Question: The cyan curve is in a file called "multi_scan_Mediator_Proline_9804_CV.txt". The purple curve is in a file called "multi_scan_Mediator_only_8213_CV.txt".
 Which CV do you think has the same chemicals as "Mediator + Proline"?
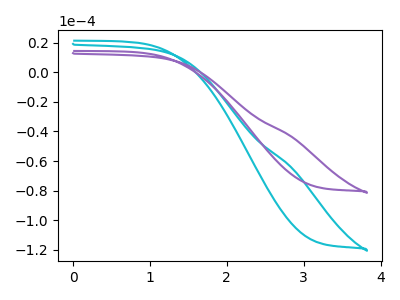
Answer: <think>The cyan curve "Mediator + Proline" has no peaks. The purple curve "Mediator + only" has no peaks.
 Neither "Mediator + Proline" or "Mediator + only" have any peaks.</think>
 <answer>The CV with the most similar shape to "Mediator + only" is "Mediator + Proline".</answer>
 <eval>"Mediator + Proline"</eval>